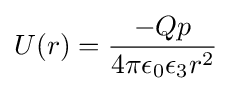
U(r)={\frac {-Qp}{4\pi \epsilon _{0}\epsilon _{3}r^{2}}}